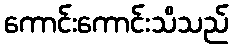
ကောင်းကောင်းသိသည်